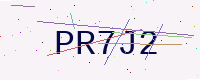
Text: PR7J2